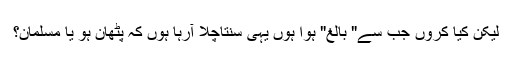
لیکن کیا کروں جب سے" بالغ" ہوا ہوں یہی سنتاچلا آرہا ہوں کہ پٹھان ہو یا مسلمان؟